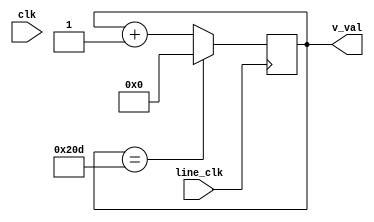
`timescale 1ns / 1ns
//////////////////////////////////////////////////////////////////////////////////
// Company: Computer Engineering Department, Chulalongkorn University
// 
// Design Name: 
// Module Name: vsync
// Project Name: 
// Target Devices: 
// Tool Versions: 
// Description: 
// 
// Dependencies: 
// 
// Revision:
// Revision 0.01 - File Created
// Additional Comments:
// 
//////////////////////////////////////////////////////////////////////////////////


module vsync(
    input clk,
    input line_clk,
    output reg [15:0] v_val = 0
    );
    
    always @(posedge line_clk)
    begin
        if (v_val == 525) v_val = 0;
        else v_val = v_val + 1;
    end
endmodule